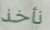
نأخذ